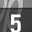
Digit: 5